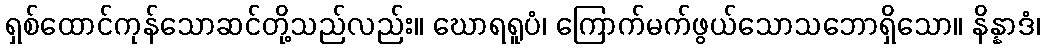
ရှစ်ထောင်ကုန်သောဆင်တို့သည်လည်း။ ဃောရရူပံ၊ ကြောက်မက်ဖွယ်သောသဘောရှိသော။ နိန္နာဒံ၊